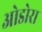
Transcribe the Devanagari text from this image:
ओडोरा